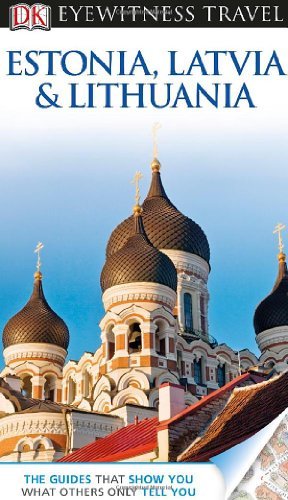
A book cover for By Dorling Kindersley - Eyewitness Travel Guides Estonia Latvia And Lithuania (Revised) (4/28/13); Dorling Kindersley; Travel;